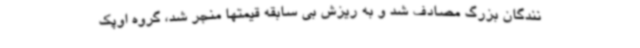
نندگان بزرگ مصادف شد و به ریزش بی سابقه قیمتها منجر شد، گروه اوپک